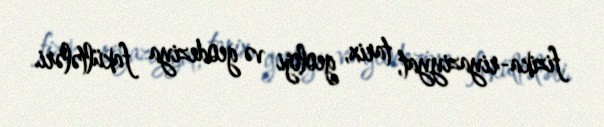
fizika-riyaziyyat, tarix, geoloji və geodeziya fakültələri.